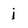
Character: j